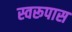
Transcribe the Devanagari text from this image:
स्वरूपास